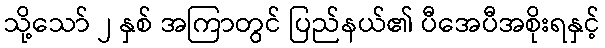
သို့သော် ၂ နှစ် အကြာတွင် ပြည်နယ်၏ ပီအေပီအစိုးရနှင့်